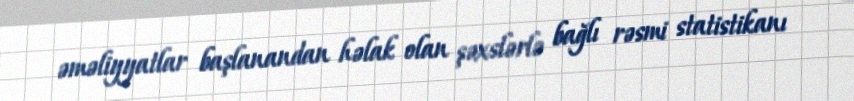
əməliyyatlar başlanandan həlak olan şəxslərlə bağlı rəsmi statistikanı